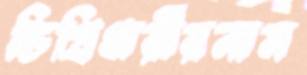
ডিগ্রিধারীরনাম